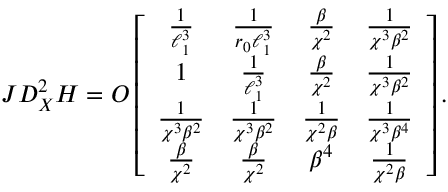
J D _ { X } ^ { 2 } H = O \left[ \begin{array} { c c c c c c } { \frac { 1 } { \ell _ { 1 } ^ { 3 } } } & { \frac { 1 } { r _ { 0 } \ell _ { 1 } ^ { 3 } } } & { \frac { \beta } { \chi ^ { 2 } } } & { \frac { 1 } { \chi ^ { 3 } \beta ^ { 2 } } } \\ { 1 } & { \frac { 1 } { \ell _ { 1 } ^ { 3 } } } & { \frac { \beta } { \chi ^ { 2 } } } & { \frac { 1 } { \chi ^ { 3 } \beta ^ { 2 } } } \\ { \frac { 1 } { \chi ^ { 3 } \beta ^ { 2 } } } & { \frac { 1 } { \chi ^ { 3 } \beta ^ { 2 } } } & { \frac { 1 } { \chi ^ { 2 } \beta } } & { \frac { 1 } { \chi ^ { 3 } \beta ^ { 4 } } } \\ { \frac { \beta } { \chi ^ { 2 } } } & { \frac { \beta } { \chi ^ { 2 } } } & { \beta ^ { 4 } } & { \frac { 1 } { \chi ^ { 2 } \beta } } \end{array} \right] .